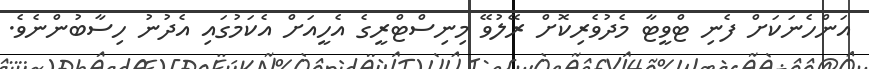
އަންހެނަކަށް ފެނި ޓްވީޓާ މެދުވެރިކޮށް ރޭލުވޭ މިނިސްޓްރީގެ އެހީއަށް އެކަމުގައި އެދުނު ހިސާބުންނެވެ.